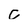
Character: C